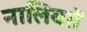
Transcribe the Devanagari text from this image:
नालियाों